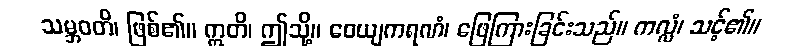
သမ္ဘဝတိ၊ ဖြစ်၏။ ဣတိ၊ ဤသို့။ ဝေယျကရဏံ၊ ဖြေကြားခြင်းသည်။ ကလ္လံ၊ သင့်၏။